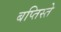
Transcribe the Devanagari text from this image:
बप्तिस्ते